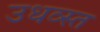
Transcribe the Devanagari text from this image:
उधव्स्त